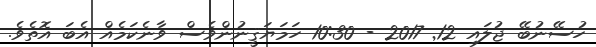
ހުސޭނުބޭ ޖުލައި 12